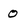
Character: 0